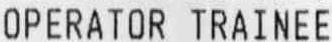
OPERATOR TRAINEE